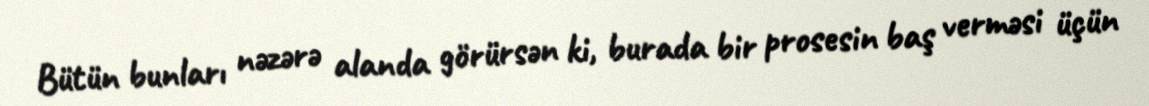
Bütün bunları nəzərə alanda görürsən ki, burada bir prosesin baş verməsi üçün